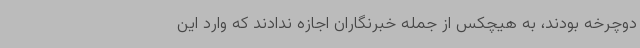
دوچرخه بودند، به هیچکس از جمله خبرنگاران اجازه ندادند که وارد این